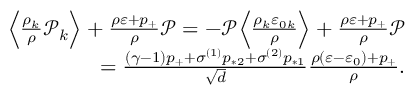
\begin{array} { r } { \Big \langle \frac { \rho _ { k } } { \rho } \mathcal { P } _ { k } \Big \rangle + \frac { \rho \varepsilon + p _ { + } } { \rho } \mathcal { P } = - \mathcal { P } \Big \langle \frac { \rho _ { k } \varepsilon _ { 0 k } } { \rho } \Big \rangle + \frac { \rho \varepsilon + p _ { + } } { \rho } \mathcal { P } } \\ { = \frac { ( \gamma - 1 ) p _ { + } + \sigma ^ { ( 1 ) } p _ { * 2 } + \sigma ^ { ( 2 ) } p _ { * 1 } } { \sqrt { d } } \frac { \rho ( \varepsilon - \varepsilon _ { 0 } ) + p _ { + } } { \rho } . } \end{array}